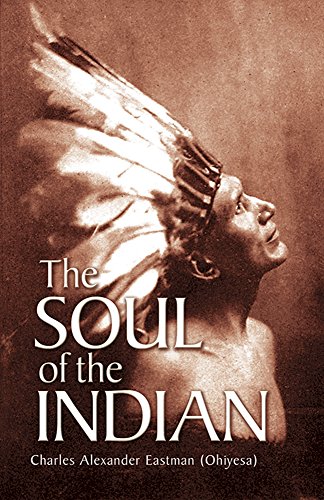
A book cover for The Soul of the Indian (Native American); Charles Alexander (Ohiyesa) Eastman; History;